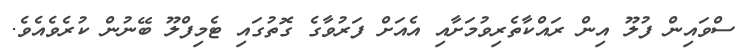
ސްވައިން ފުލޫ އިން ރައްކާތެރިވުމަށާއި އެއަށް ފަރުވާގެ ގޮތުގައި ޓެމިފްލޫ ބޭނުން ކުރެވެއެވެ.